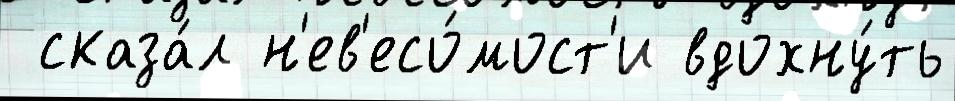
 сказа́л н'ев'есо́мост'и вдохну́ть